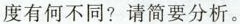
度有何不同?请简要分析。